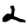
Digit: 2